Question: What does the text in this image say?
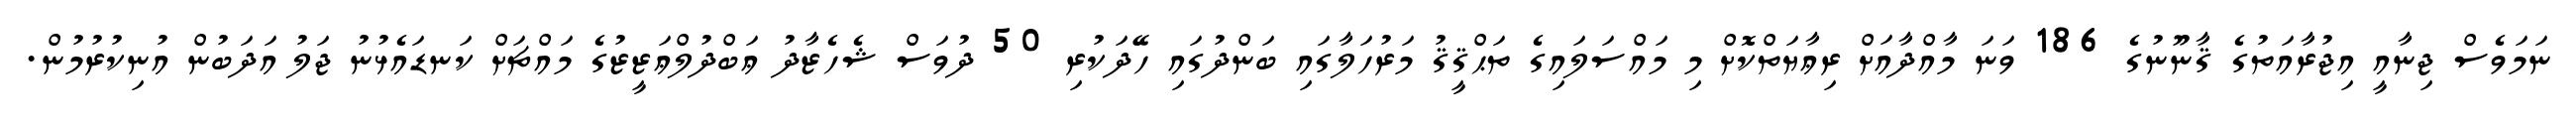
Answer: ނަމަވެސް ޖިނާއީ އިޖުރާއަތުގެ ޤާނޫނުގެ 186 ވަނަ މާއްދާއަށް ރިޢާޔަތްކޮށް މި މައްސަލައިގެ ތަޙްޤީޤު މަރުހަލާގައި ބަންދުގައި ހޭދަކުރި 50 ދުވަސް ޝެހެޒާދު ޢަބްދުލްޢަޒީޒުގެ މައްޗަށް ކަނޑައެޅުނު ޖަލު އަދަބުން އުނިކުރުމުން.